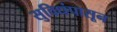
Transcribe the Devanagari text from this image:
सुविधंपासून